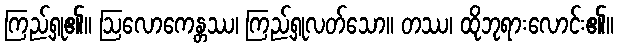
ကြည့်ရှု၏။ ဩလောကေန္တဿ၊ ကြည့်ရှုလတ်သော။ တဿ၊ ထိုဘုရားလောင်း၏။